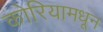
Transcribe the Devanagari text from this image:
कोरियामधून